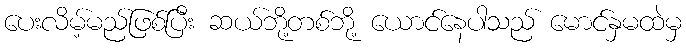
ပေးလိမ့်မည်ဖြစ်ပြီး ဆယ်ဘို့တစ်ဘို့ ယောင်နေပါသည် မောင်နှမထဲမှ